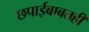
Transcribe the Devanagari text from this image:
छपाईबाबतही